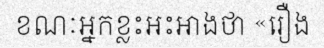
ខណៈអ្នកខ្លះអះអាងថា «រឿង